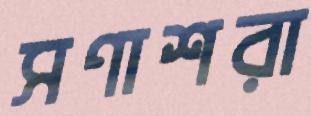
সণাশরা